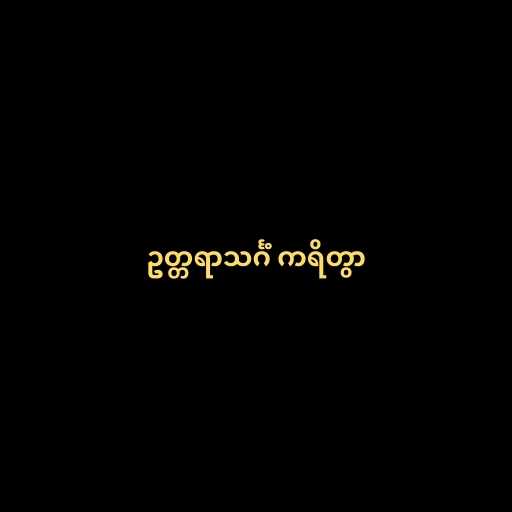
ဥတ္တရာသင်္ဂံ ကရိတွာ